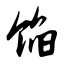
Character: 馅